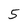
Character: 5